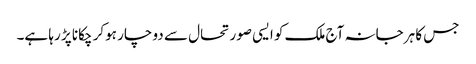
جس کا ہرجانہ آج ملک کو ایسی صورتحال سے دو چار ہوکر چکانا پڑ رہا ہے۔